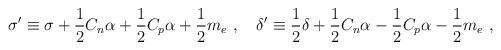
LaTeX: \begin{align*}\sigma' \equiv \sigma +{1\over 2} C_n \alpha + {1\over 2} C_p \alpha + {1\over 2} m_e\ ,\quad \delta' \equiv {1\over 2}\delta +{1\over 2} C_n\alpha - {1\over 2} C_p \alpha - {1\over 2} m_e \ ,\end{align*}